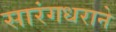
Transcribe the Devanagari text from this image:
सारंगधराने